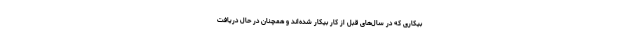
بیکاری که در سال‌های قبل از کار بیکار شده‌اند و همچنان در حال دریافت